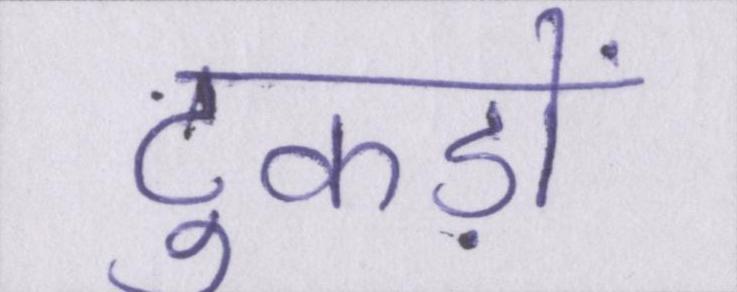
टुकड़ों